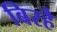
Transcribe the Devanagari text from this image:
बिरहै